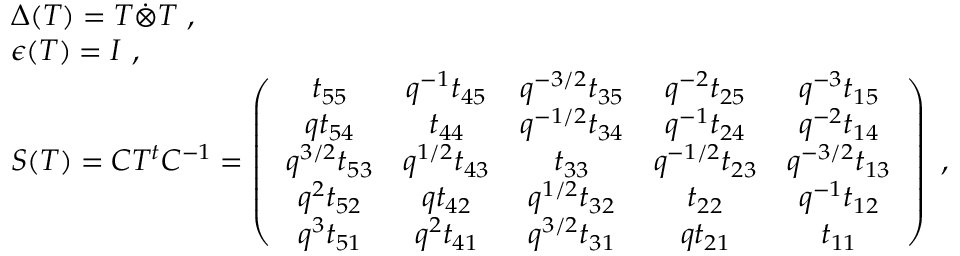
\begin{array} { l } { { \Delta ( T ) = T \dot { \otimes } T ~ , } } \\ { { \epsilon ( T ) = I ~ , } } \\ { { S ( T ) = C T ^ { t } C ^ { - 1 } = \left( \begin{array} { c c c c c } { { t _ { 5 5 } } } & { { q ^ { - 1 } t _ { 4 5 } } } & { { q ^ { - 3 / 2 } t _ { 3 5 } } } & { { q ^ { - 2 } t _ { 2 5 } } } & { { q ^ { - 3 } t _ { 1 5 } } } \\ { { q t _ { 5 4 } } } & { { t _ { 4 4 } } } & { { q ^ { - 1 / 2 } t _ { 3 4 } } } & { { q ^ { - 1 } t _ { 2 4 } } } & { { q ^ { - 2 } t _ { 1 4 } } } \\ { { q ^ { 3 / 2 } t _ { 5 3 } } } & { { q ^ { 1 / 2 } t _ { 4 3 } } } & { { t _ { 3 3 } } } & { { q ^ { - 1 / 2 } t _ { 2 3 } } } & { { q ^ { - 3 / 2 } t _ { 1 3 } } } \\ { { q ^ { 2 } t _ { 5 2 } } } & { { q t _ { 4 2 } } } & { { q ^ { 1 / 2 } t _ { 3 2 } } } & { { t _ { 2 2 } } } & { { q ^ { - 1 } t _ { 1 2 } } } \\ { { q ^ { 3 } t _ { 5 1 } } } & { { q ^ { 2 } t _ { 4 1 } } } & { { q ^ { 3 / 2 } t _ { 3 1 } } } & { { q t _ { 2 1 } } } & { { t _ { 1 1 } } } \end{array} \right) ~ , } } \end{array}